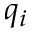
q _ { i }